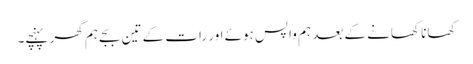
کھانا کھانے کے بعد ہم واپس ہوئے اور رات کے تین بجے ہم گھر پہنچے۔